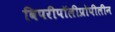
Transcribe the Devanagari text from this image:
विपरीपॉलीप्रोपीलीन